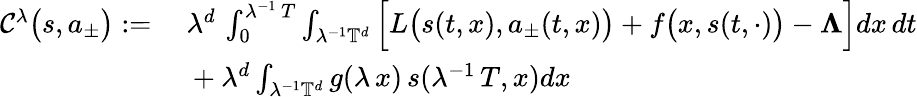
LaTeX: \begin{array}{rl}{\mathcal{C}^{\lambda}\big(s,a_{\pm}\big):=}&{\ \lambda^{d}\, \int_{0}^{\lambda^{-1}\, T}\int_{\lambda^{-1}\mathbb{T}^{d}}\Big[L\big(s(t,x),a_{\pm}(t,x)\big)+f\big(x,s(t,\cdot)\big)-\boldsymbol\Lambda\Big]dx\, dt}\\ &{\ +\lambda^{d}\int_{\lambda^{-1}\mathbb{T}^{d}}g(\lambda\, x)\, s(\lambda^{-1}\, T,x)dx}\end{array}